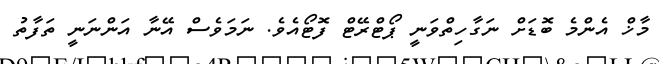
މާޚް އެންމެ ބޮޑަށް ނަގާހިތްވަނީ ޕޯޓްރޭޓް ފޮޓޯއެވެ. ނަމަވެސް އޭނާ އަންނަނީ ތަފާތު